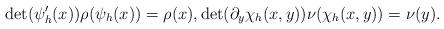
LaTeX: \begin{align*}\det(\psi_h^\prime(x))\rho(\psi_h(x)) = \rho(x), \det(\partial_y \chi_h(x,y))\nu(\chi_h(x,y)) = \nu(y).\end{align*}